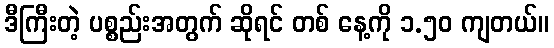
ဒီကြီးတဲ့ ပစ္စည်းအတွက် ဆိုရင် တစ် နေ့ကို ၁.၅၀ ကျတယ်။